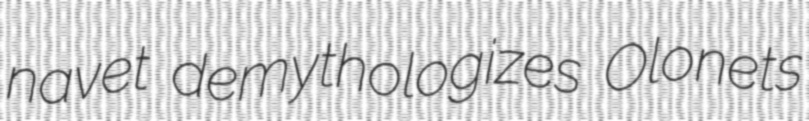
navet demythologizes Olonets